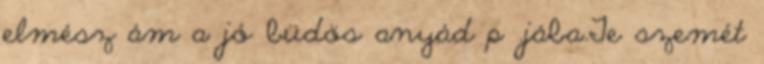
elmész ám a jó büdös anyád p .jába.Te szemét